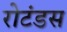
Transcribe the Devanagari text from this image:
रोटंडस